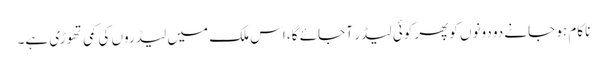
ناکام ہو جانے دو دونوں کوپھر کوئی لیڈر آ جائے گا، اس ملک میں لیڈروں کی کمی تھوڑی ہے۔